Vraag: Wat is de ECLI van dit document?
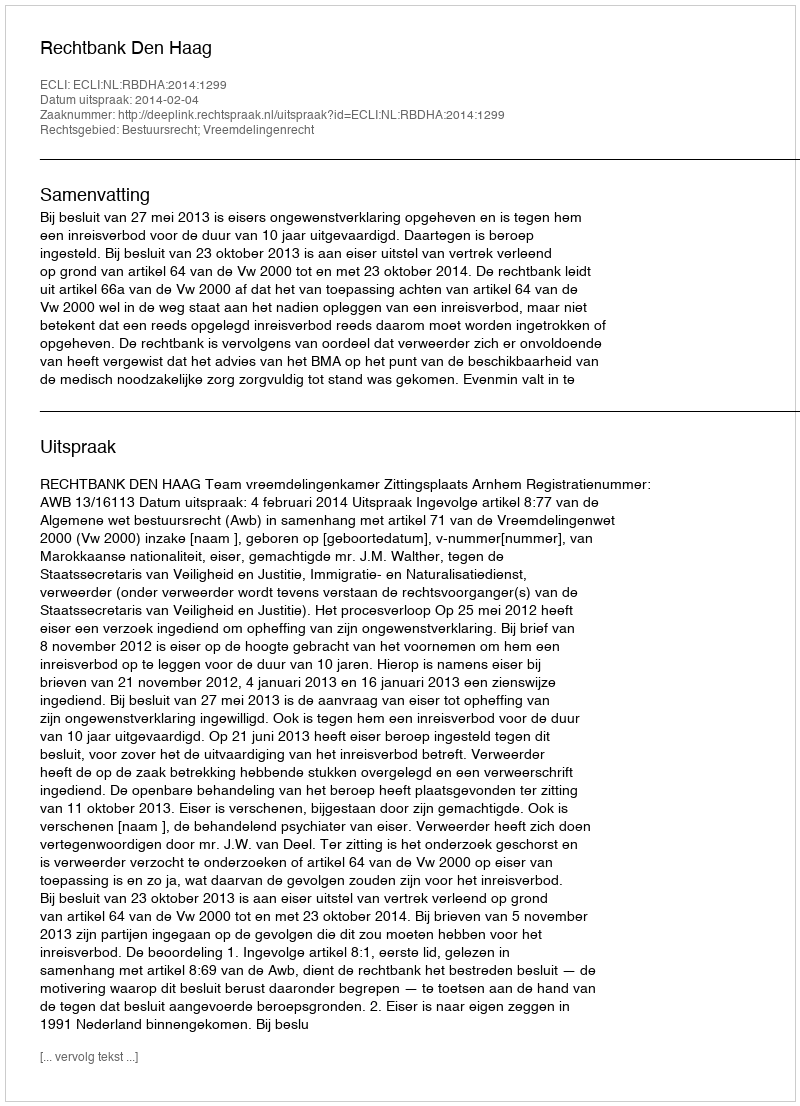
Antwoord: ECLI:NL:RBDHA:2014:1299